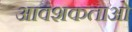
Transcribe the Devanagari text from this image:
आवशकताओं